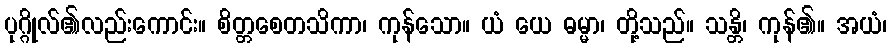
ပုဂ္ဂိုလ်၏လည်းကောင်း။ စိတ္တစေတသိကာ၊ ကုန်သော။ ယံ ယေ ဓမ္မာ၊ တို့သည်။ သန္တိ၊ ကုန်၏။ အယံ၊